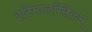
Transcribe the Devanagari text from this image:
इटिमालाँजिकम्